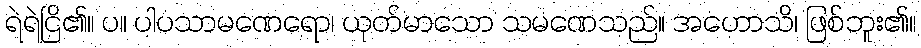
ရဲရဲငြိ၏။ ပ။ ပါပသာမဏေရော၊ ယုတ်မာသော သမဏေသည်။ အဟောသိ၊ ဖြစ်ဘူး၏။